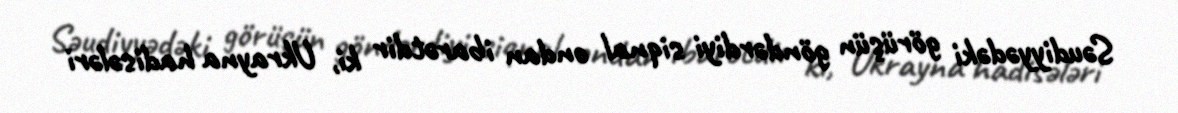
Səudiyyədəki görüşün göndərdiyi siqnal ondan ibarətdir ki, Ukrayna hadisələri